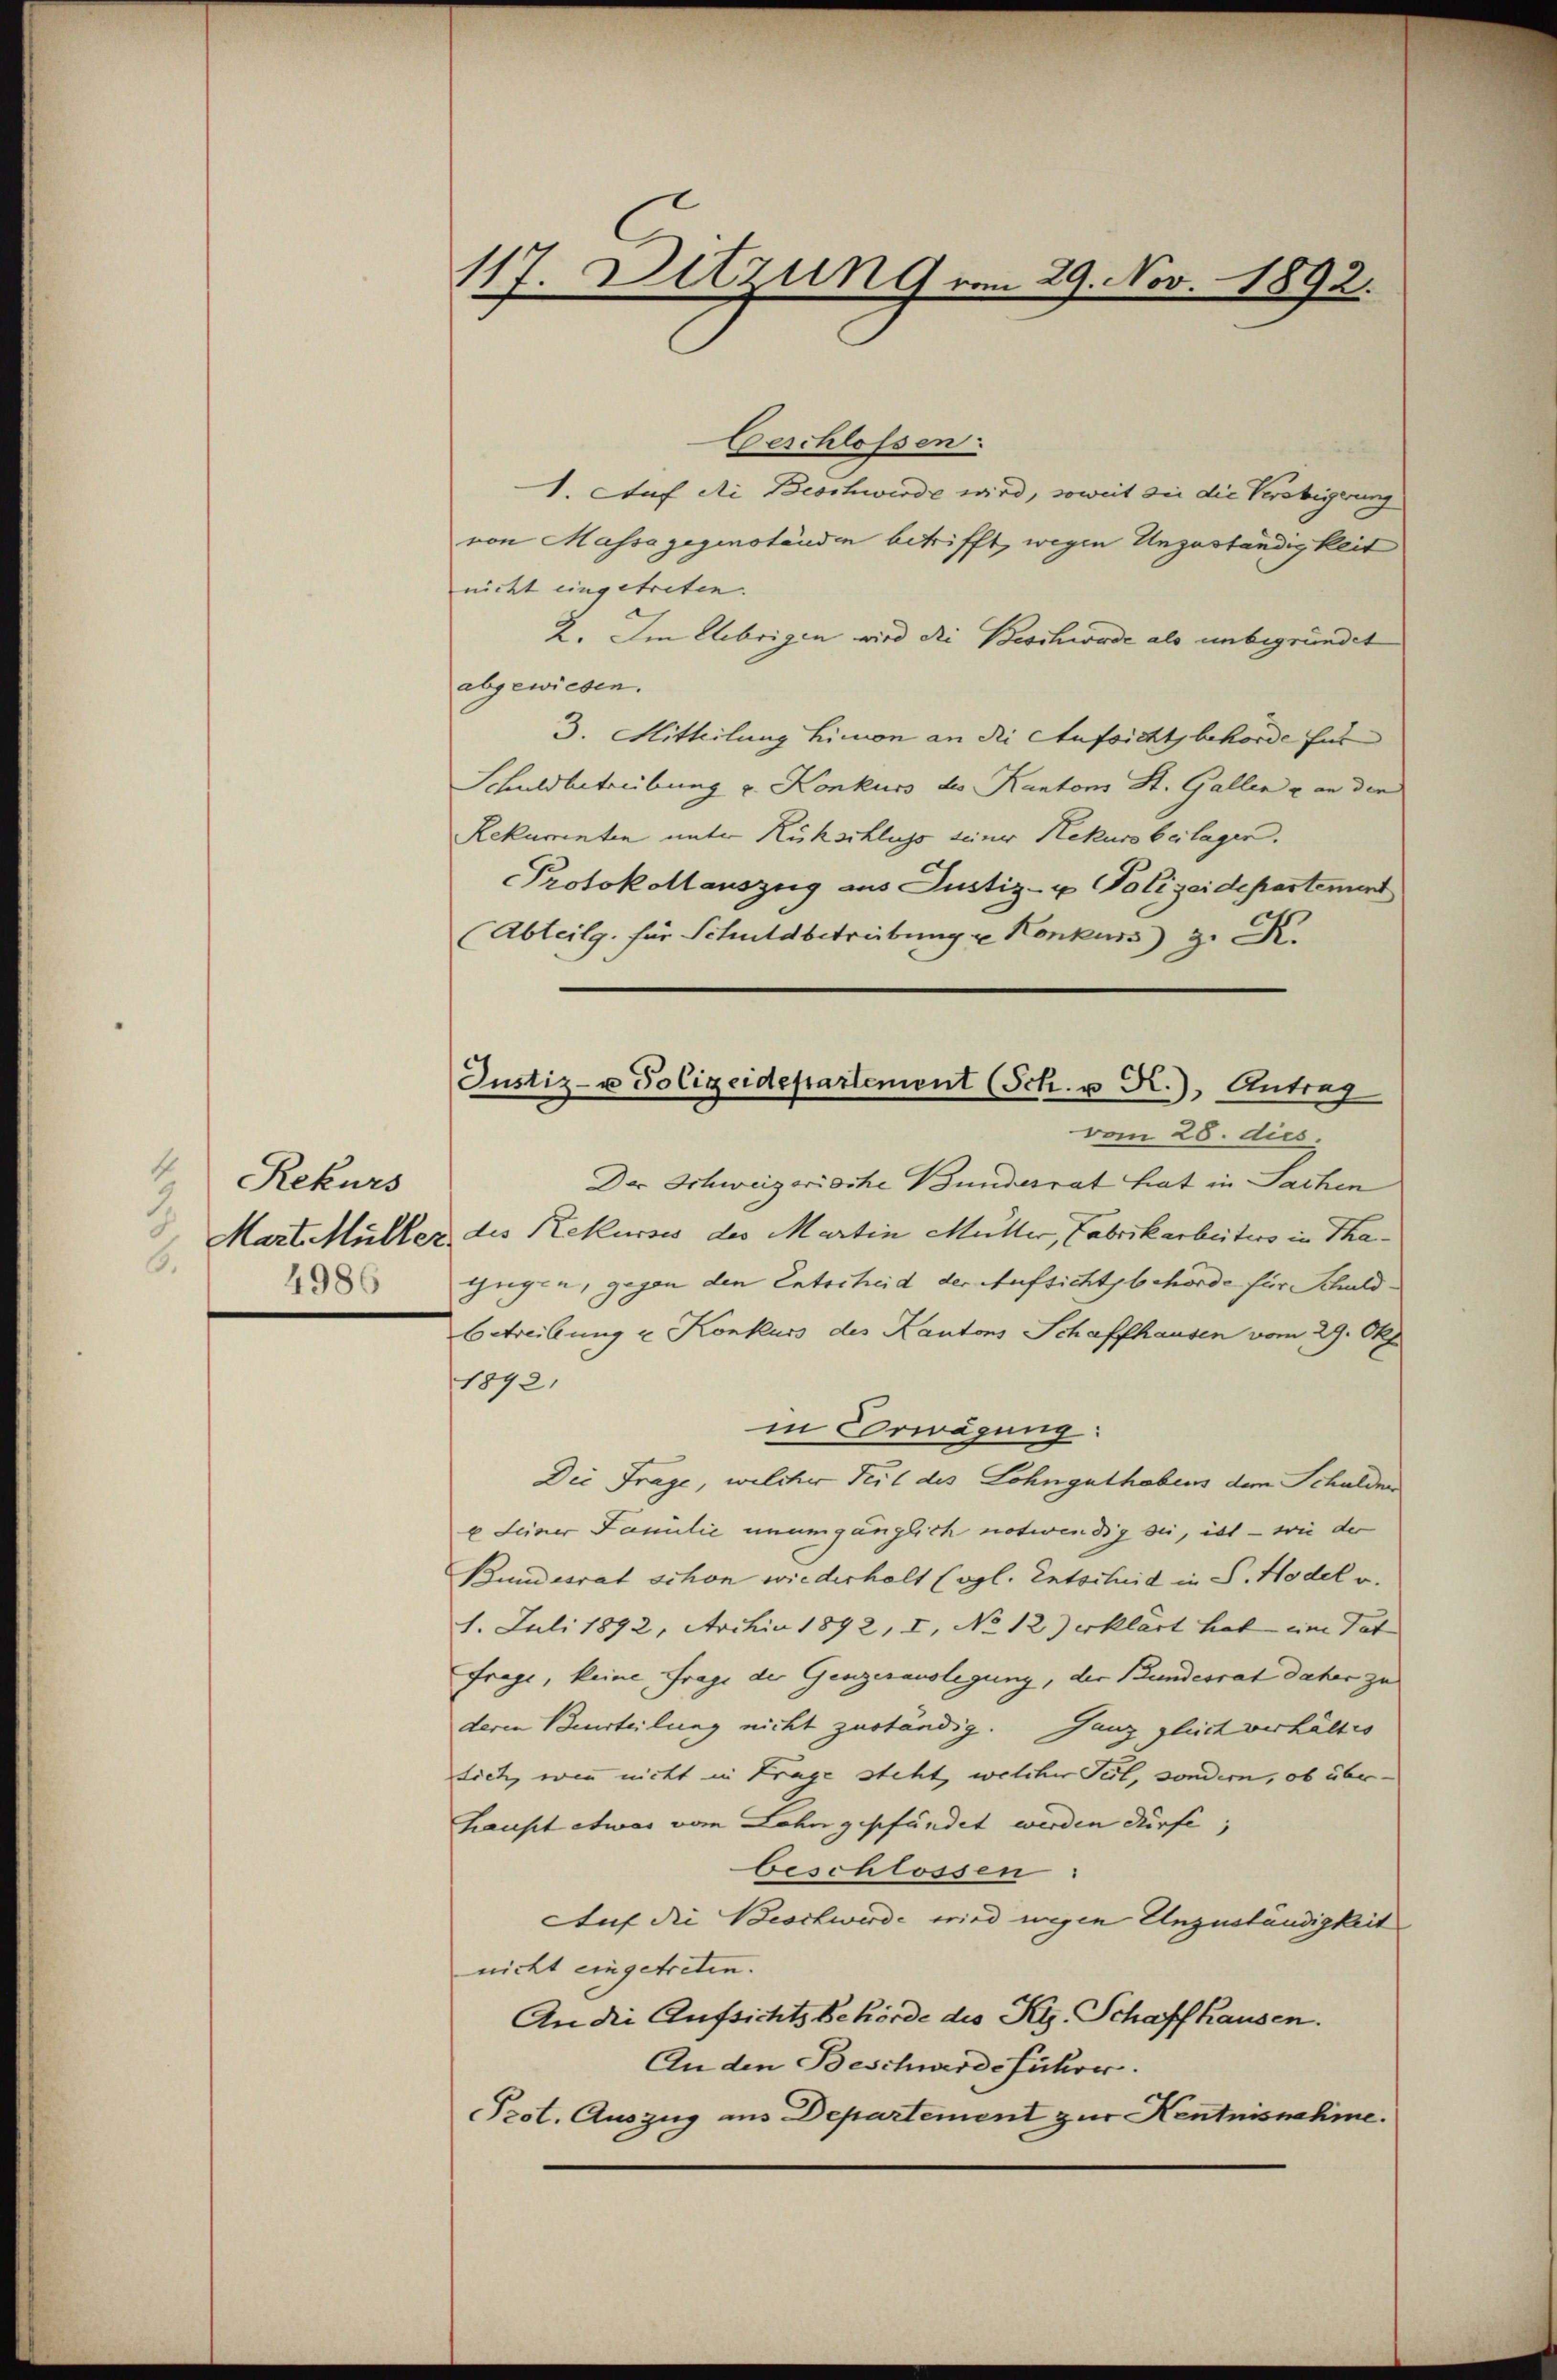
4
Rekurs
2
6.
4986

Geschlossen.
1. Auf die Beschwerde wird, soweit die die Verbigerung
von Massa gegenständen betrifft, wegen Unzuständigkeit
nicht eingetreten.
2. Im Uebrigen wird die Beschwerde als unbegründet
abgewiesen.
3. Mitteilung himon an die Aufsichtsbehörde für
Schuldbetreibung u. Konkurs des Kantons St. Gallen & an den
Rekumenten unter Rückschluss seiner Rekurs beilagen.
Protokollauszug aus Justiz- u Polizeidepartement
(Abteilg. für Schuldbetreibung u Konkurs z. K.
Der Schweizerische Bundesrat hat in Sachen
Mart Müller des Rekurses des Martin Müller, Fabrikarbeiters in Thaugen, gegen den Entscheid der Aufsichtsbehörde für Schuld¬
Betreibung u Konkurs des Kantons Schaffhausen vom 29. Okt
1892.
in Erwägung:
Die Frage, welcher Teil des Lohnguthabens dem Schulden
6. Seiner Familie unumgänglich notwendig sei, ist – wie der
Bundesrat schon wiederholt (vgl. Entscheid in P. Hodel v.
1. Juli 1892, Archia 1892, I, No 12) erklärt hat eine Tat
frage, keine Frage der Genzerauslegung, der Bundesrat daher zu
deren Beurteilung nicht zuständig. Janz gleich verhältes
tich, wenn nicht in Trage steht, welcher Teil, sondern, ob über-
haupt etwas vom Lohn gepfändet werden dürfe;
beschlossen:
Auf die Beschwerde wird wegen Unzuständigkeit
nicht eingetreten.
An die Aufsichtsbehörde des Kts. Schaffhausen.
An den Beschwerdeführer.
Prot. Auszug aus Departement zur Kentnisnahme.

117. Ditzung vom 29. Nov. 1892.

Justiz- u Polizeidepartement (Sch. u R.), Antrag
vom 28. dies